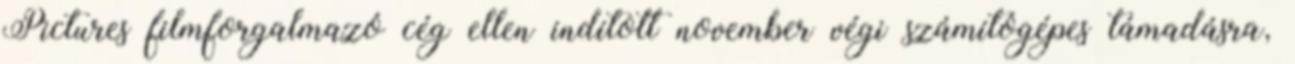
Pictures filmforgalmazó cég ellen indított november végi számítógépes támadásra,